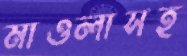
মাওলাসহ